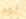
يوم